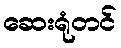
ဆေးရုံတင်